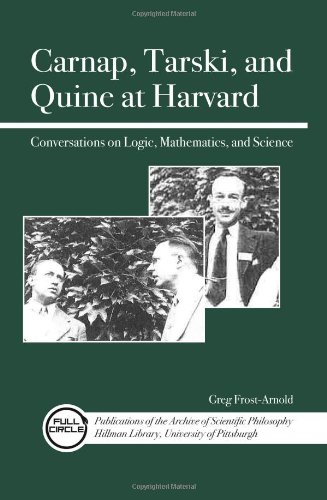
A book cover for Carnap, Tarski, and Quine at Harvard: Conversations on Logic, Mathematics, and Science (Full Circle: Publications of the Archive of Scientific Philo); Greg Frost-Arnold; Politics & Social Sciences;